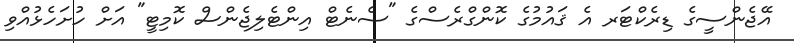
އޭޖެންސީގެ ޑިރެކްޓަރ އެ ޤައުމުގެ ކޮންގްރެސްގެ "ސެނެޓް އިންޓެލިޖެންސް ކޮމިޓީ" އަށް ހުށަހެޅުއްވި